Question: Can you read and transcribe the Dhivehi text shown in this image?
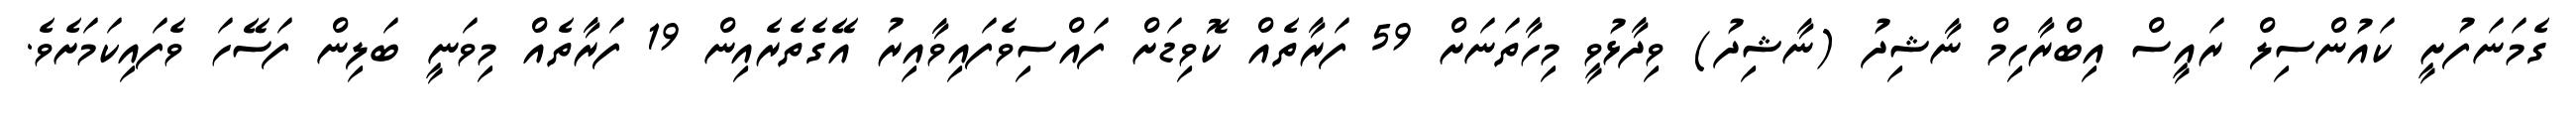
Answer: ގެމަނަފުށީ ކައުންސިލް ރައީސް އިބްރާހިމް ނާޝިދު (ނާޝިދު) ވިދާޅުވީ މިހާތަނަށް 59 ފަރާތެއް ކޮވިޑަށް ފައްސިވެފައިވާއިރު އޭގެތެރެއިން 19 ފަރާތެއް މިވަނީ ބަލިން ފަސޭހަ ވެފައިކަމަށެވެ.